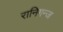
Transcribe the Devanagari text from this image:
रानिगन्ज